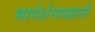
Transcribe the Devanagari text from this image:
मार्गर्शनाखाली